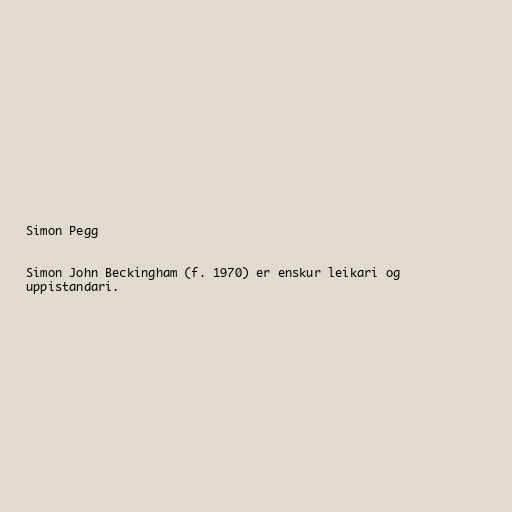
Simon Pegg

Simon John Beckingham (f. 1970) er enskur leikari og
uppistandari.